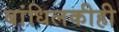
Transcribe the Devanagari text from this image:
बांधिलकीही